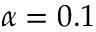
\alpha = 0 . 1